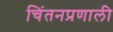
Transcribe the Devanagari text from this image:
चिंतनप्रणाली